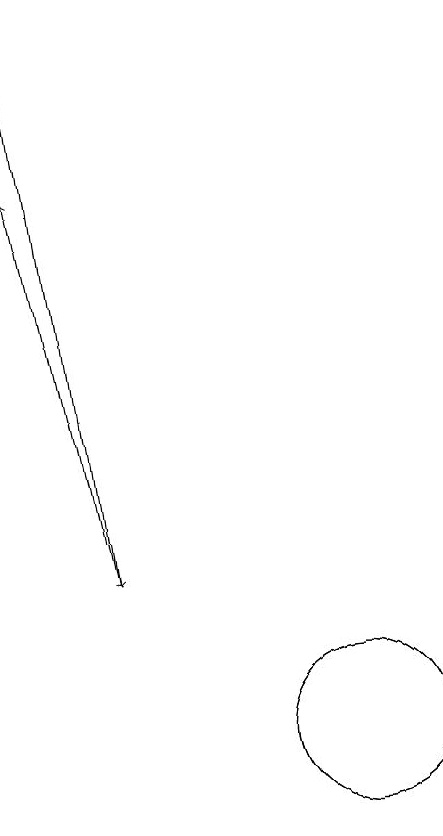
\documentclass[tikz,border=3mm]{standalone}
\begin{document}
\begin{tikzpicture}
\draw[->] (6,19) -- (7,12);
\draw (10,10) circle (1);
\draw (10,10) circle (1);
\draw[->] (7,12) -- (6,17);
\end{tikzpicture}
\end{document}